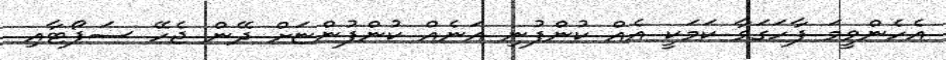
އެހެންވީމަ ފާހަގަވާ ކަމަކީ އެއް ކުންފުނި އަނެއް ކުންފުންޏަށް ދޭން ޖެހޭ ސަޕޯޓާއި